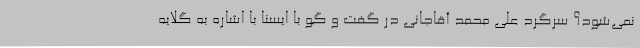
نمی‌شود؟ سرگرد علی محمد آقاجانی در گفت و گو با ایسنا با اشاره به گلایه